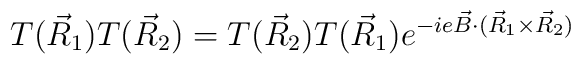
T(\vec{R}_1)T(\vec{R}_2)=T(\vec{R}_2)T(\vec{R}_1)e^{-ie\vec{B}\cdot(\vec{R}_1\times \vec{R}_2)}